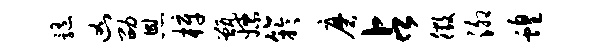
髓凶劭恩梓甑嫖竽磨占徵泖蝗